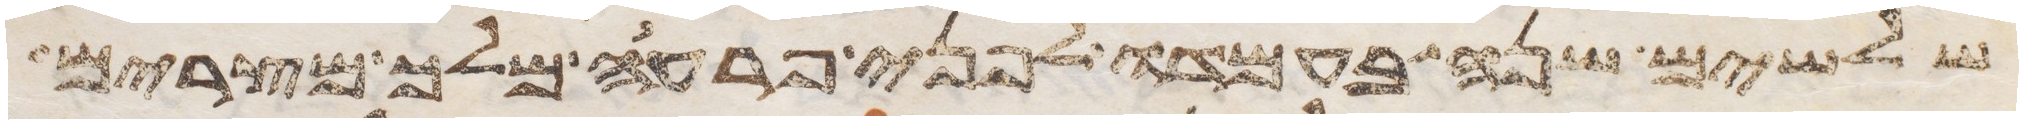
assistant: שלשים שנה בעמדו לפני פרעה מלך מצרים